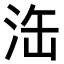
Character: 𣳬